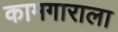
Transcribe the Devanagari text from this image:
कामगाराला